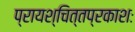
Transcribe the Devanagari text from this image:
प्रायश्चित्तप्रकाशः